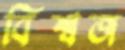
বিশ্বজ